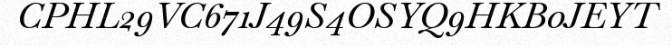
CPHL29VC671J49S4OSYQ9HKB0JEYT